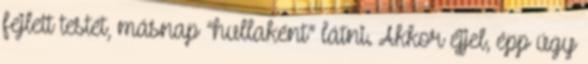
fejlett testét, másnap “hullaként” látni. Akkor éjjel, épp úgy